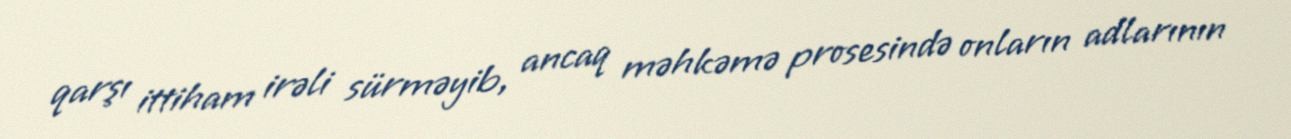
qarşı ittiham irəli sürməyib, ancaq məhkəmə prosesində onların adlarının